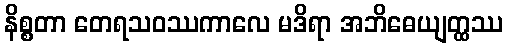
နိစ္စတာ တေရသဝဿကာလေ မဒိရာ အဘိဓေယျတ္ထဿ